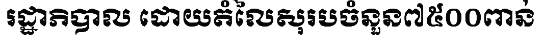
រដ្ឋាភិបាល ដោយតំលៃសុរបចំនួន៧៥០០ពាន់